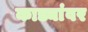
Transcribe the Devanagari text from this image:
काड्यांवर